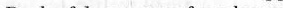
everything. She thought her parents would give her more things to